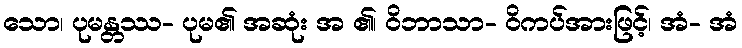
သော၊ ပုမန္တဿ- ပုမ၏ အဆုံး အ ၏၊ ဝိဘာသာ- ဝိကပ်အားဖြင့်၊ အံ- အံ